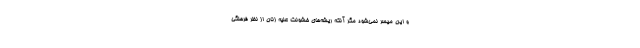
و این میسر نمی‌شود مگر آنکه ریشه‌های خشونت علیه زنان از نظر فرهنگی